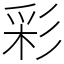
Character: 彩